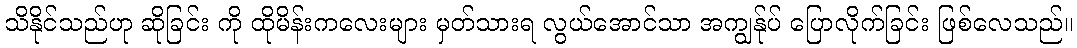
သိနိုင်သည်ဟု ဆိုခြင်း ကို ထိုမိန်းကလေးများ မှတ်သားရ လွယ်အောင်သာ အကျွန်ုပ် ပြောလိုက်ခြင်း ဖြစ်လေသည်။